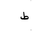
Letter: _da